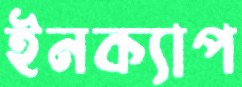
ইনক্যাপ